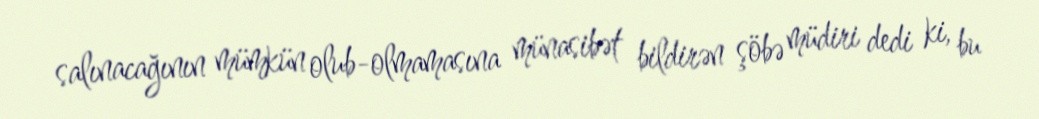
salınacağının mümkün olub-olmamasına münasibət bildirən şöbə müdiri dedi ki, bu